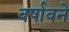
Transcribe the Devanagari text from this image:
वर्षावने